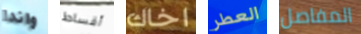
واندا أقساط اخاك العطر المفاصل